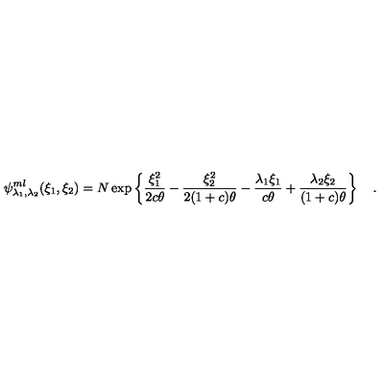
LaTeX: \psi _ { \lambda _ { 1 } , \lambda _ { 2 } } ^ { m l } ( \xi _ { 1 } , \xi _ { 2 } ) = N \exp \left\lbrace { \frac { \xi _ { 1 } ^ { 2 } } { 2 c \theta } } - { \frac { \xi _ { 2 } ^ { 2 } } { 2 ( 1 + c ) \theta } } - { \frac { \lambda _ { 1 } \xi _ { 1 } } { c \theta } } + { \frac { \lambda _ { 2 } \xi _ { 2 } } { ( 1 + c ) \theta } } \right\rbrace \quad .